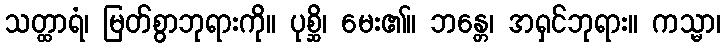
သတ္ထာရံ၊ မြတ်စွာဘုရားကို။ ပုစ္ဆိ၊ မေး၏။ ဘန္တေ၊ အရှင်ဘုရား။ ကသ္မာ၊